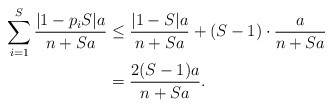
\begin{align*}\sum_{i=1}^S \frac{|1-p_i S|a}{n+Sa} & \leq \frac{|1-S|a}{n+Sa} + (S-1) \cdot \frac{a}{n+Sa} \\& = \frac{2(S-1)a}{n+Sa}. \end{align*}